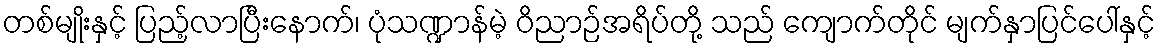
တစ်မျိုးနှင့် ပြည့်လာပြီးနောက်၊ ပုံသဏ္ဍာန်မဲ့ ဝိညာဉ်အရိပ်တို့ သည် ကျောက်တိုင် မျက်နှာပြင်ပေါ်နှင့်